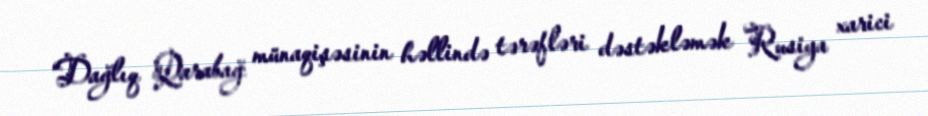
“Dağlıq Qarabağ münaqişəsinin həllində tərəfləri dəstəkləmək Rusiya xarici